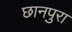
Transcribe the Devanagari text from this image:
छानपुरा